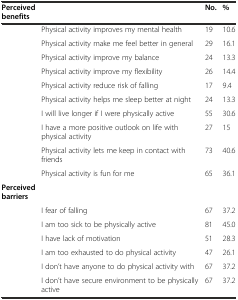
<table><thead><tr><td><b>Perceived benefits</b></td><td></td><td><b>No.</b></td><td><b>%</b></td></tr></thead><tbody><tr><td></td><td>Physical activity improves my mental health</td><td>19</td><td>10.6</td></tr><tr><td></td><td>Physical activity make me feel better in general</td><td>29</td><td>16.1</td></tr><tr><td></td><td>Physical activity improve my balance</td><td>24</td><td>13.3</td></tr><tr><td></td><td>Physical activity improve my flexibility</td><td>26</td><td>14.4</td></tr><tr><td></td><td>Physical activity reduce risk of falling</td><td>17</td><td>9.4</td></tr><tr><td></td><td>Physical activity helps me sleep better at night</td><td>24</td><td>13.3</td></tr><tr><td></td><td>I will live longer if I were physically active</td><td>55</td><td>30.6</td></tr><tr><td></td><td>I have a more positive outlook on life with physical activity</td><td>27</td><td>15</td></tr><tr><td></td><td>Physical activity lets me keep in contact with friends</td><td>73</td><td>40.6</td></tr><tr><td></td><td>Physical activity is fun for me</td><td>65</td><td>36.1</td></tr><tr><td><b>Perceived barriers</b></td><td></td><td></td><td></td></tr><tr><td></td><td>I fear of falling</td><td>67</td><td>37.2</td></tr><tr><td></td><td>I am too sick to be physically active</td><td>81</td><td>45.0</td></tr><tr><td></td><td>I have lack of motivation</td><td>51</td><td>28.3</td></tr><tr><td></td><td>I am too exhausted to do physical activity</td><td>47</td><td>26.1</td></tr><tr><td></td><td>I don’t have anyone to do physical activity with</td><td>67</td><td>37.2</td></tr><tr><td></td><td>I don’t have secure environment to be physically active</td><td>67</td><td>37.2</td></tr></tbody></table>